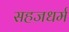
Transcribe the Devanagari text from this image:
सहजधर्म